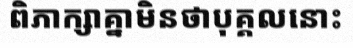
ពិភាក្សាគ្នាមិនថាបុគ្គលនោះ